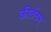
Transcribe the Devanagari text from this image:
कीर्तनम्